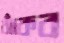
ঝাঁকব